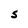
Character: S